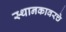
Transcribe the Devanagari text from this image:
स्थानकावरचे